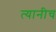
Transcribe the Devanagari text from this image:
त्यानीच